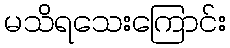
မသိရသေးကြောင်း